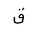
Letter: _qaf